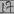
Text: 17